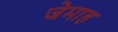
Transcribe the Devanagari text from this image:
जेमाह